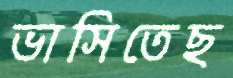
ভাসিতেছ